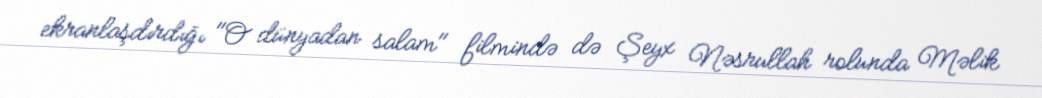
ekranlaşdırdığı "O dünyadan salam" filmində də Şeyx Nəsrullah rolunda Məlik